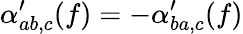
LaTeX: \alpha_{ab,c}^{\prime}(f)=-\alpha_{ba,c}^{\prime}(f)